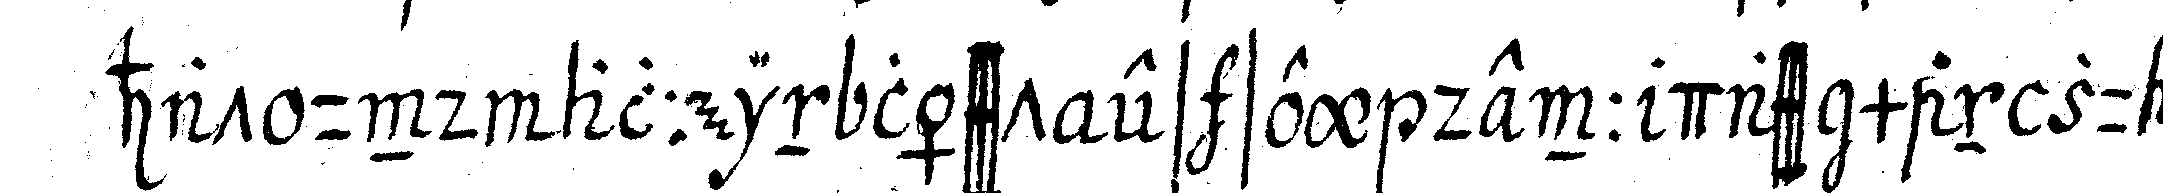
hat und allein lässt es sey denn dass man zu de